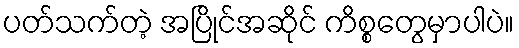
ပတ်သက်တဲ့ အပြိုင်အဆိုင် ကိစ္စတွေမှာပါပဲ။